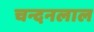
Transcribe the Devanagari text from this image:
चन्दनलाल